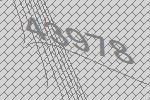
43978